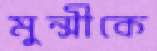
মুন্সীকে